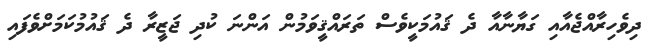
ދިވެހިރާއްޖެއާއި ގަޔާނާއާ ދެ ޤައުމަކީވެސް ތަރައްޤީވަމުން އަންނަ ކުދި ޖަޒީރާ ދެ ޤައުމުކަމަށްވެފައި